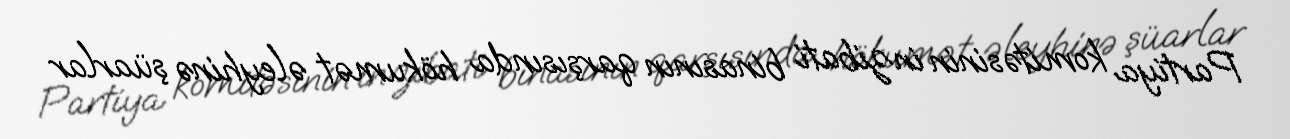
Partiya komitəsinin inzibati binasının qarşısında hökumət əleyhinə şüarlar